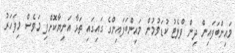
މައިންބަފައިން ދިން ފްލެޓު ކުޑަވުމުން މައިންބަފައިންގެ ގައިގައި ތަޅާ އަނިޔާކޮށްފި މަވެސް މިފަހަރު